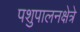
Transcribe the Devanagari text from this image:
पशुपालनक्षेत्रे